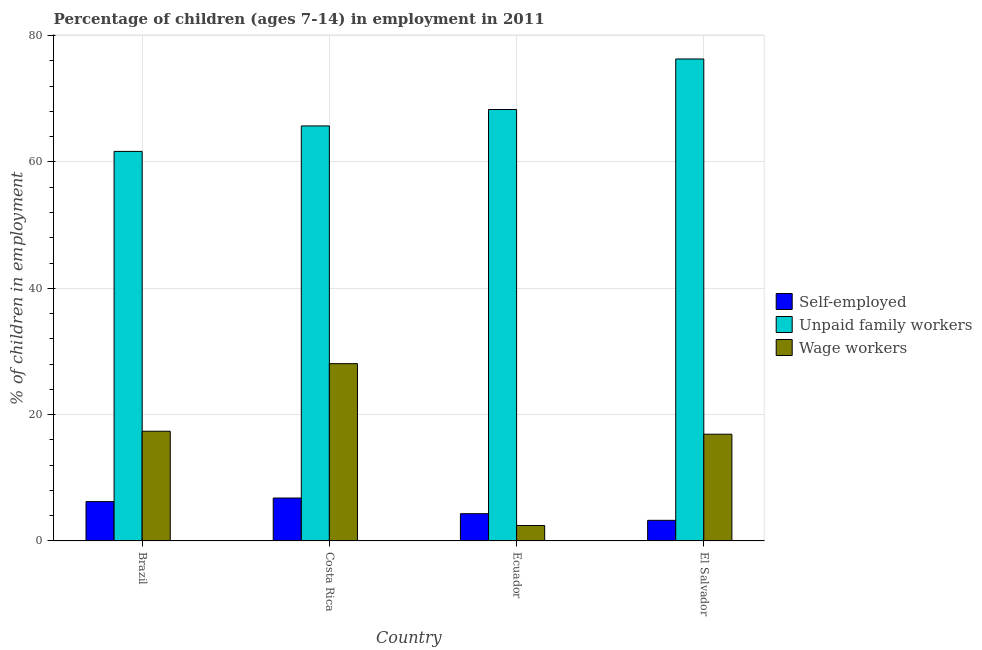
| Country | Self-employed | Unpaid family workers | Wage workers |
 | --- | --- | --- | --- |
 | Brazil | 6.23 | 61.7 | 17.4 |
 | Costa Rica | 6.8 | 65.7 | 28.1 |
 | Ecuador | 4.32 | 68.3 | 2.45 |
 | El Salvador | 3.27 | 76.3 | 16.9 |